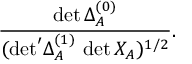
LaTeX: \frac { \operatorname * { d e t } \Delta _ { A } ^ { ( 0 ) } } { ( { \operatorname * { d e t } } ^ { \prime } \Delta _ { A } ^ { ( 1 ) } \, \operatorname * { d e t } X _ { A } ) ^ { 1 / 2 } } .